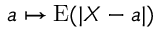
a \mapsto \operatorname { E } ( | X - a | )